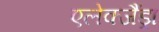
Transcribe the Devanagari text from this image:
एलेक्जैंड्रा